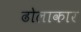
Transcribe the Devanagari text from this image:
ढोलाकार